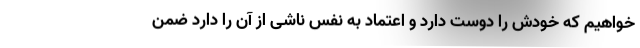
خواهیم که خودش را دوست دارد و اعتماد به نفس ناشی از آن را دارد ضمن